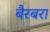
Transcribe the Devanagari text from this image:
बैरबरा